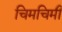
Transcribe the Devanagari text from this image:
चिमचिमी